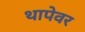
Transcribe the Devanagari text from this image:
थापेवर